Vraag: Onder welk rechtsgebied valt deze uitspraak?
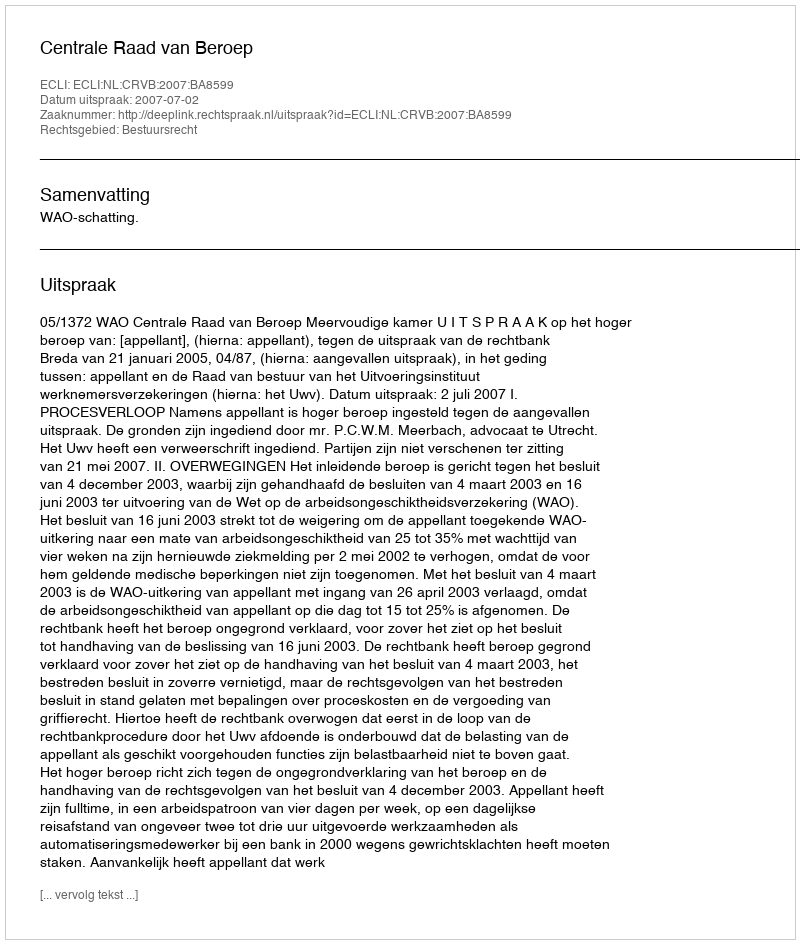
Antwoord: Bestuursrecht